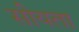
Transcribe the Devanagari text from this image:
सीयता